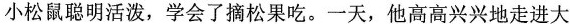
小松鼠聪明活泼，学会了摘松果吃。一天，他高高兴兴地走进大